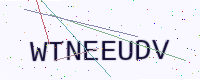
Text: WTNEEUDV